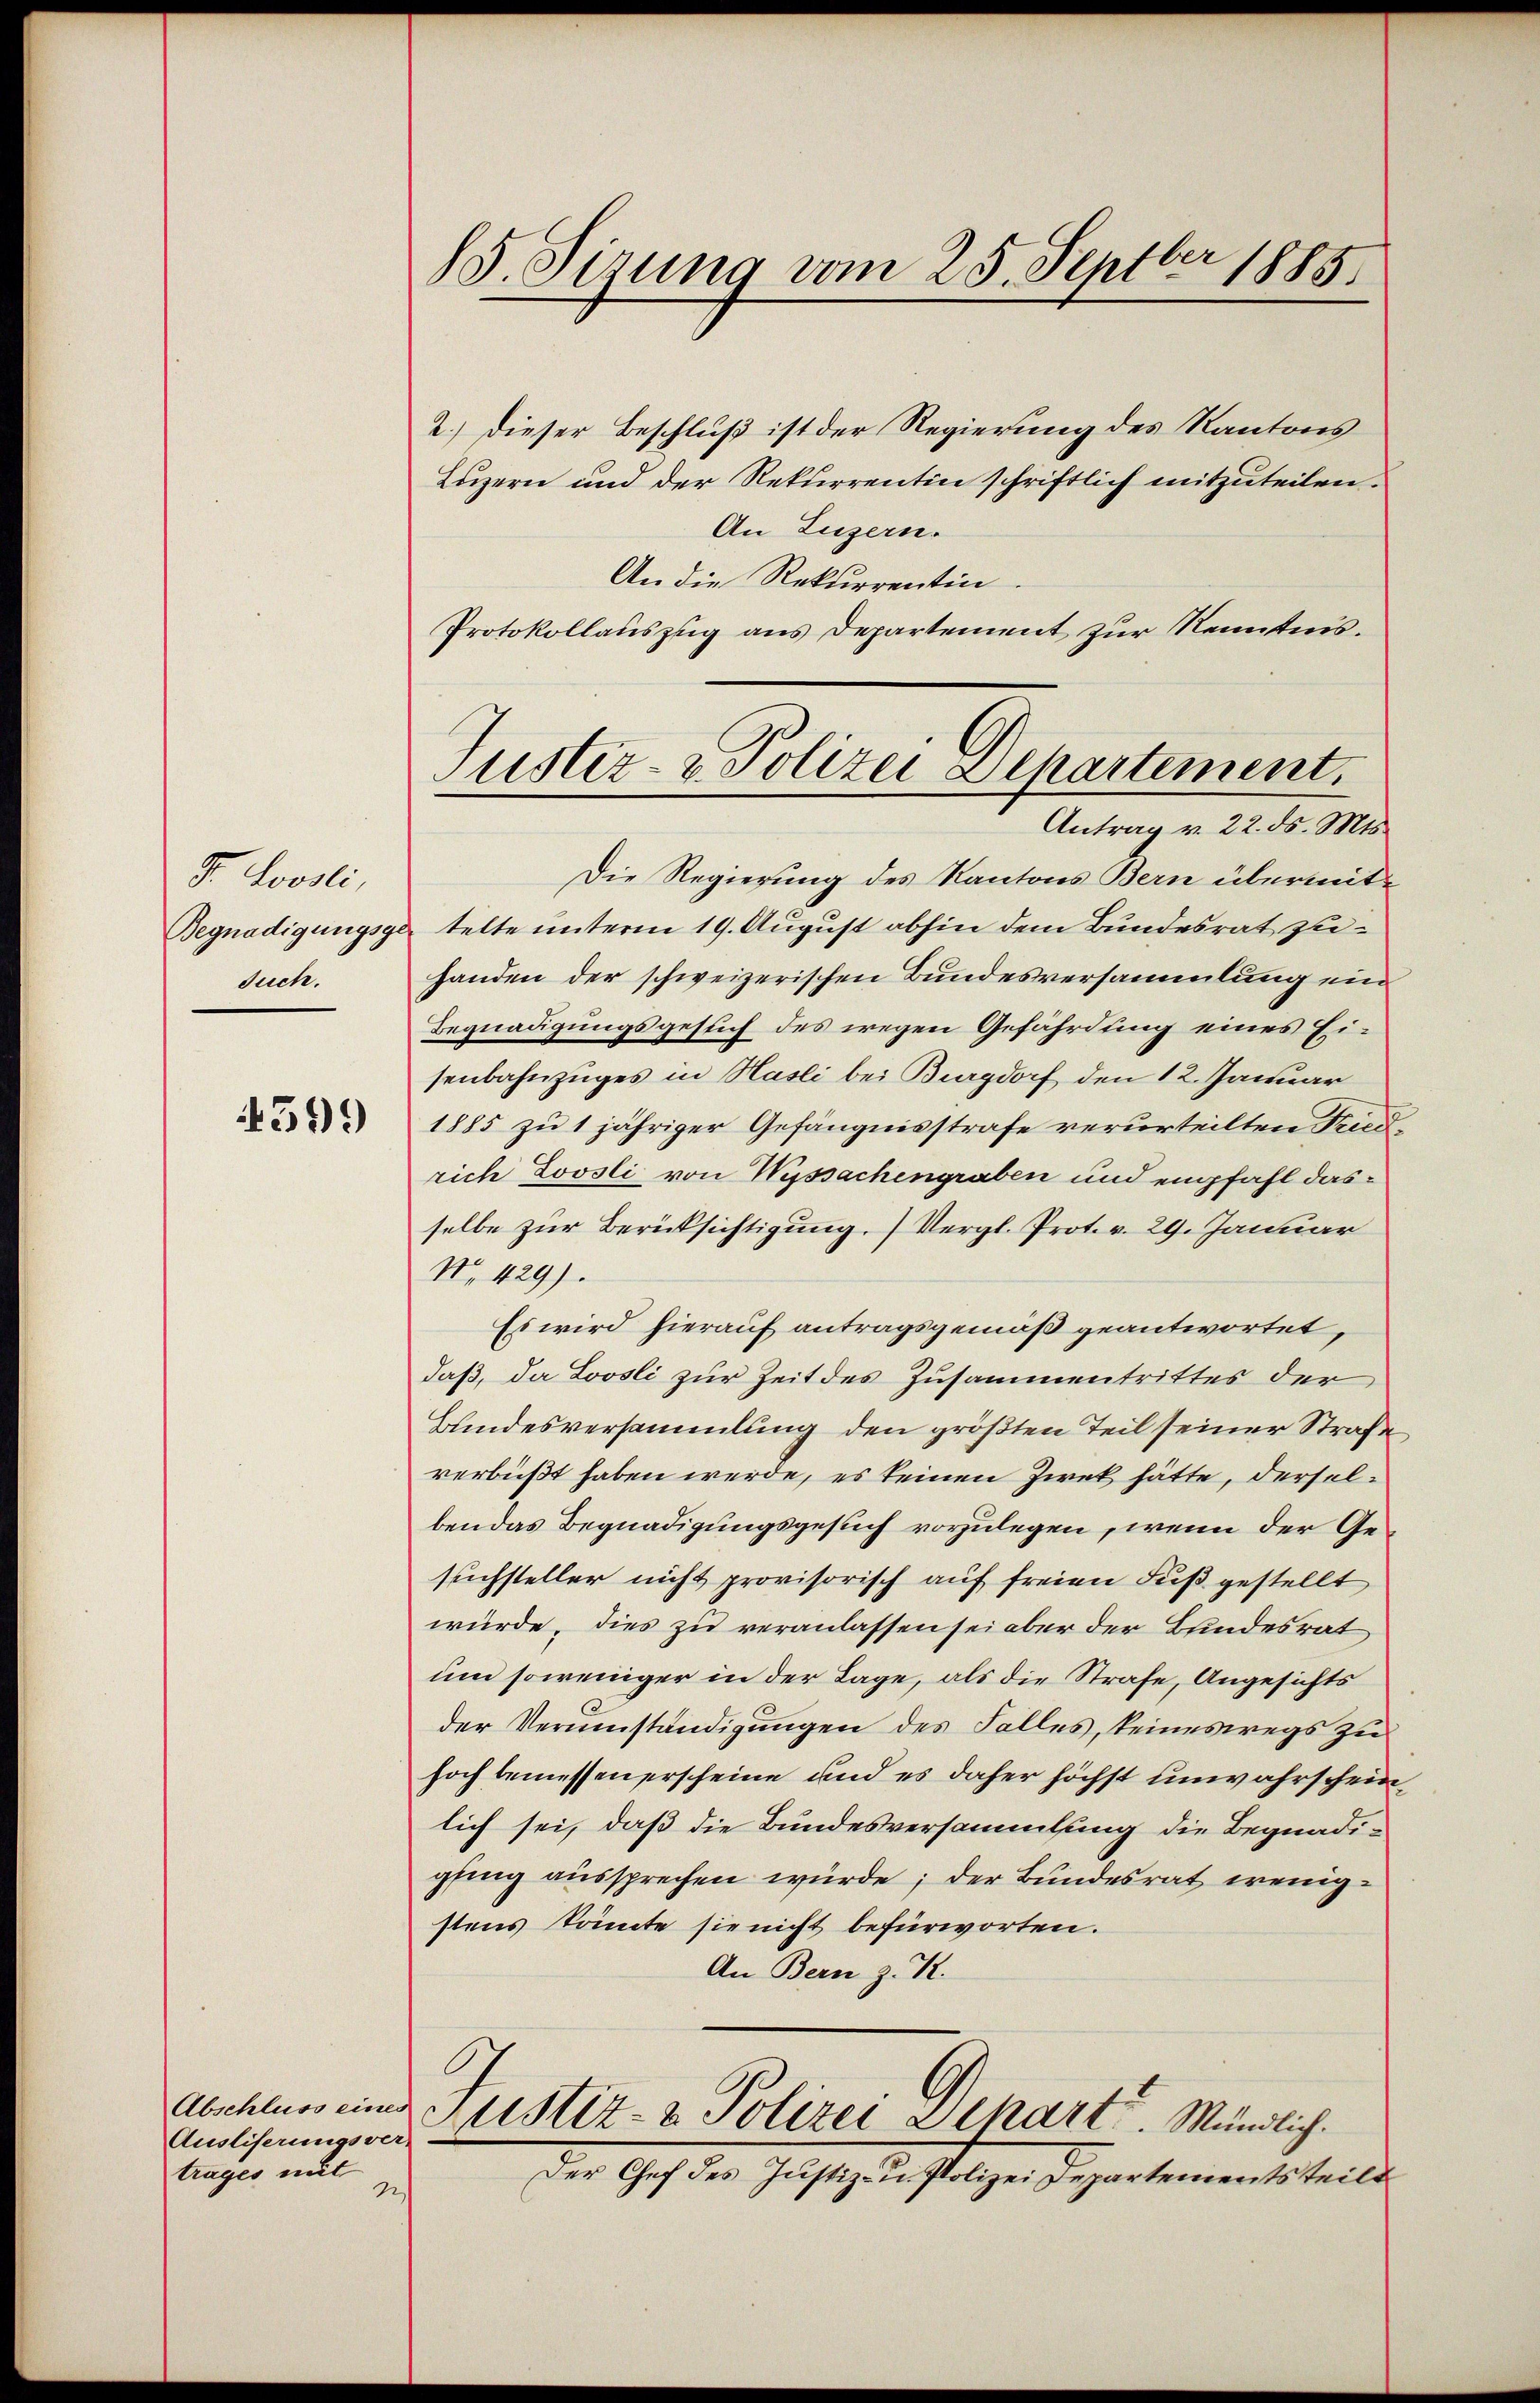
9. Loosli,
Begnadigungsg
Such.

4549

Abschluss eines
Ausliserungsver-
trages mit
2.)

S. Sirung vom 25. Septbr 1885.

2.) Dieser Beschluß ist der Regierung des Kantons
Luzern und der Rekurrentin schriftlich mitzuteilen.
An Luzern.
An die Rekurrentin.
Protokollauszug aus Departement zur Kenntnis.

Justiz- & Polizei Departement.
Antrag v. 22. ds. Mts.

Die Regierung des Kantons Bern übermittelte unterm 19. August abhin dem Bundesrat zuhanden der schweizerischen Bundesversammlung ein
Begnadigungsgesuch des wegen Gefährdung eines Eisenbahnzuges in Hasli bei Burgdorf den 12. Januar
1885 zu 1 jähriger Gefängnisstrafe verurteilten Friedrich Loosli von Wyssachengraben und empfahl dasselbe zur Berücksichtigung. Vergl. Prot. v. 29. Januar
No. 429).
Es wird hierauf antragsgemäß geantwortet,
daß, da Loosli zur Zeit des Zusammentrittes der
Bundesversammlung den größten Teil seiner Strafe
verbüßt haben werde, es keinen Zweck hätte, derselben das Begnadigungsgesuch vorzulegen, wenn der Gesuchsteller nicht provisorisch auf freien Fuß gestellt
würde, dies zu veranlassen sei aber der Bundesrat
um soweniger in der Tage, als die Strafe, Angesichts
der Verumständigungen des Falles, keineswegs zu
hoch bemessenerscheine und es daher höchst unwahrscheinlich sei, daß die Bundesversammlung die Begnadigfing aussprechen würde; der Bundesrat wenigstens könnte sie nicht befürworten.
An Bern z. K.
.
Mustiz- & Polizei Schart. Mündlich.
Der Chef des Justiz- u. Polizei Departementsteilt